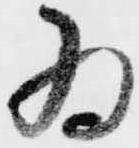
為